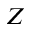
Z